65_HS1-834228961_62-HQ-83894_Section_10
Agency: FBI
Page 92
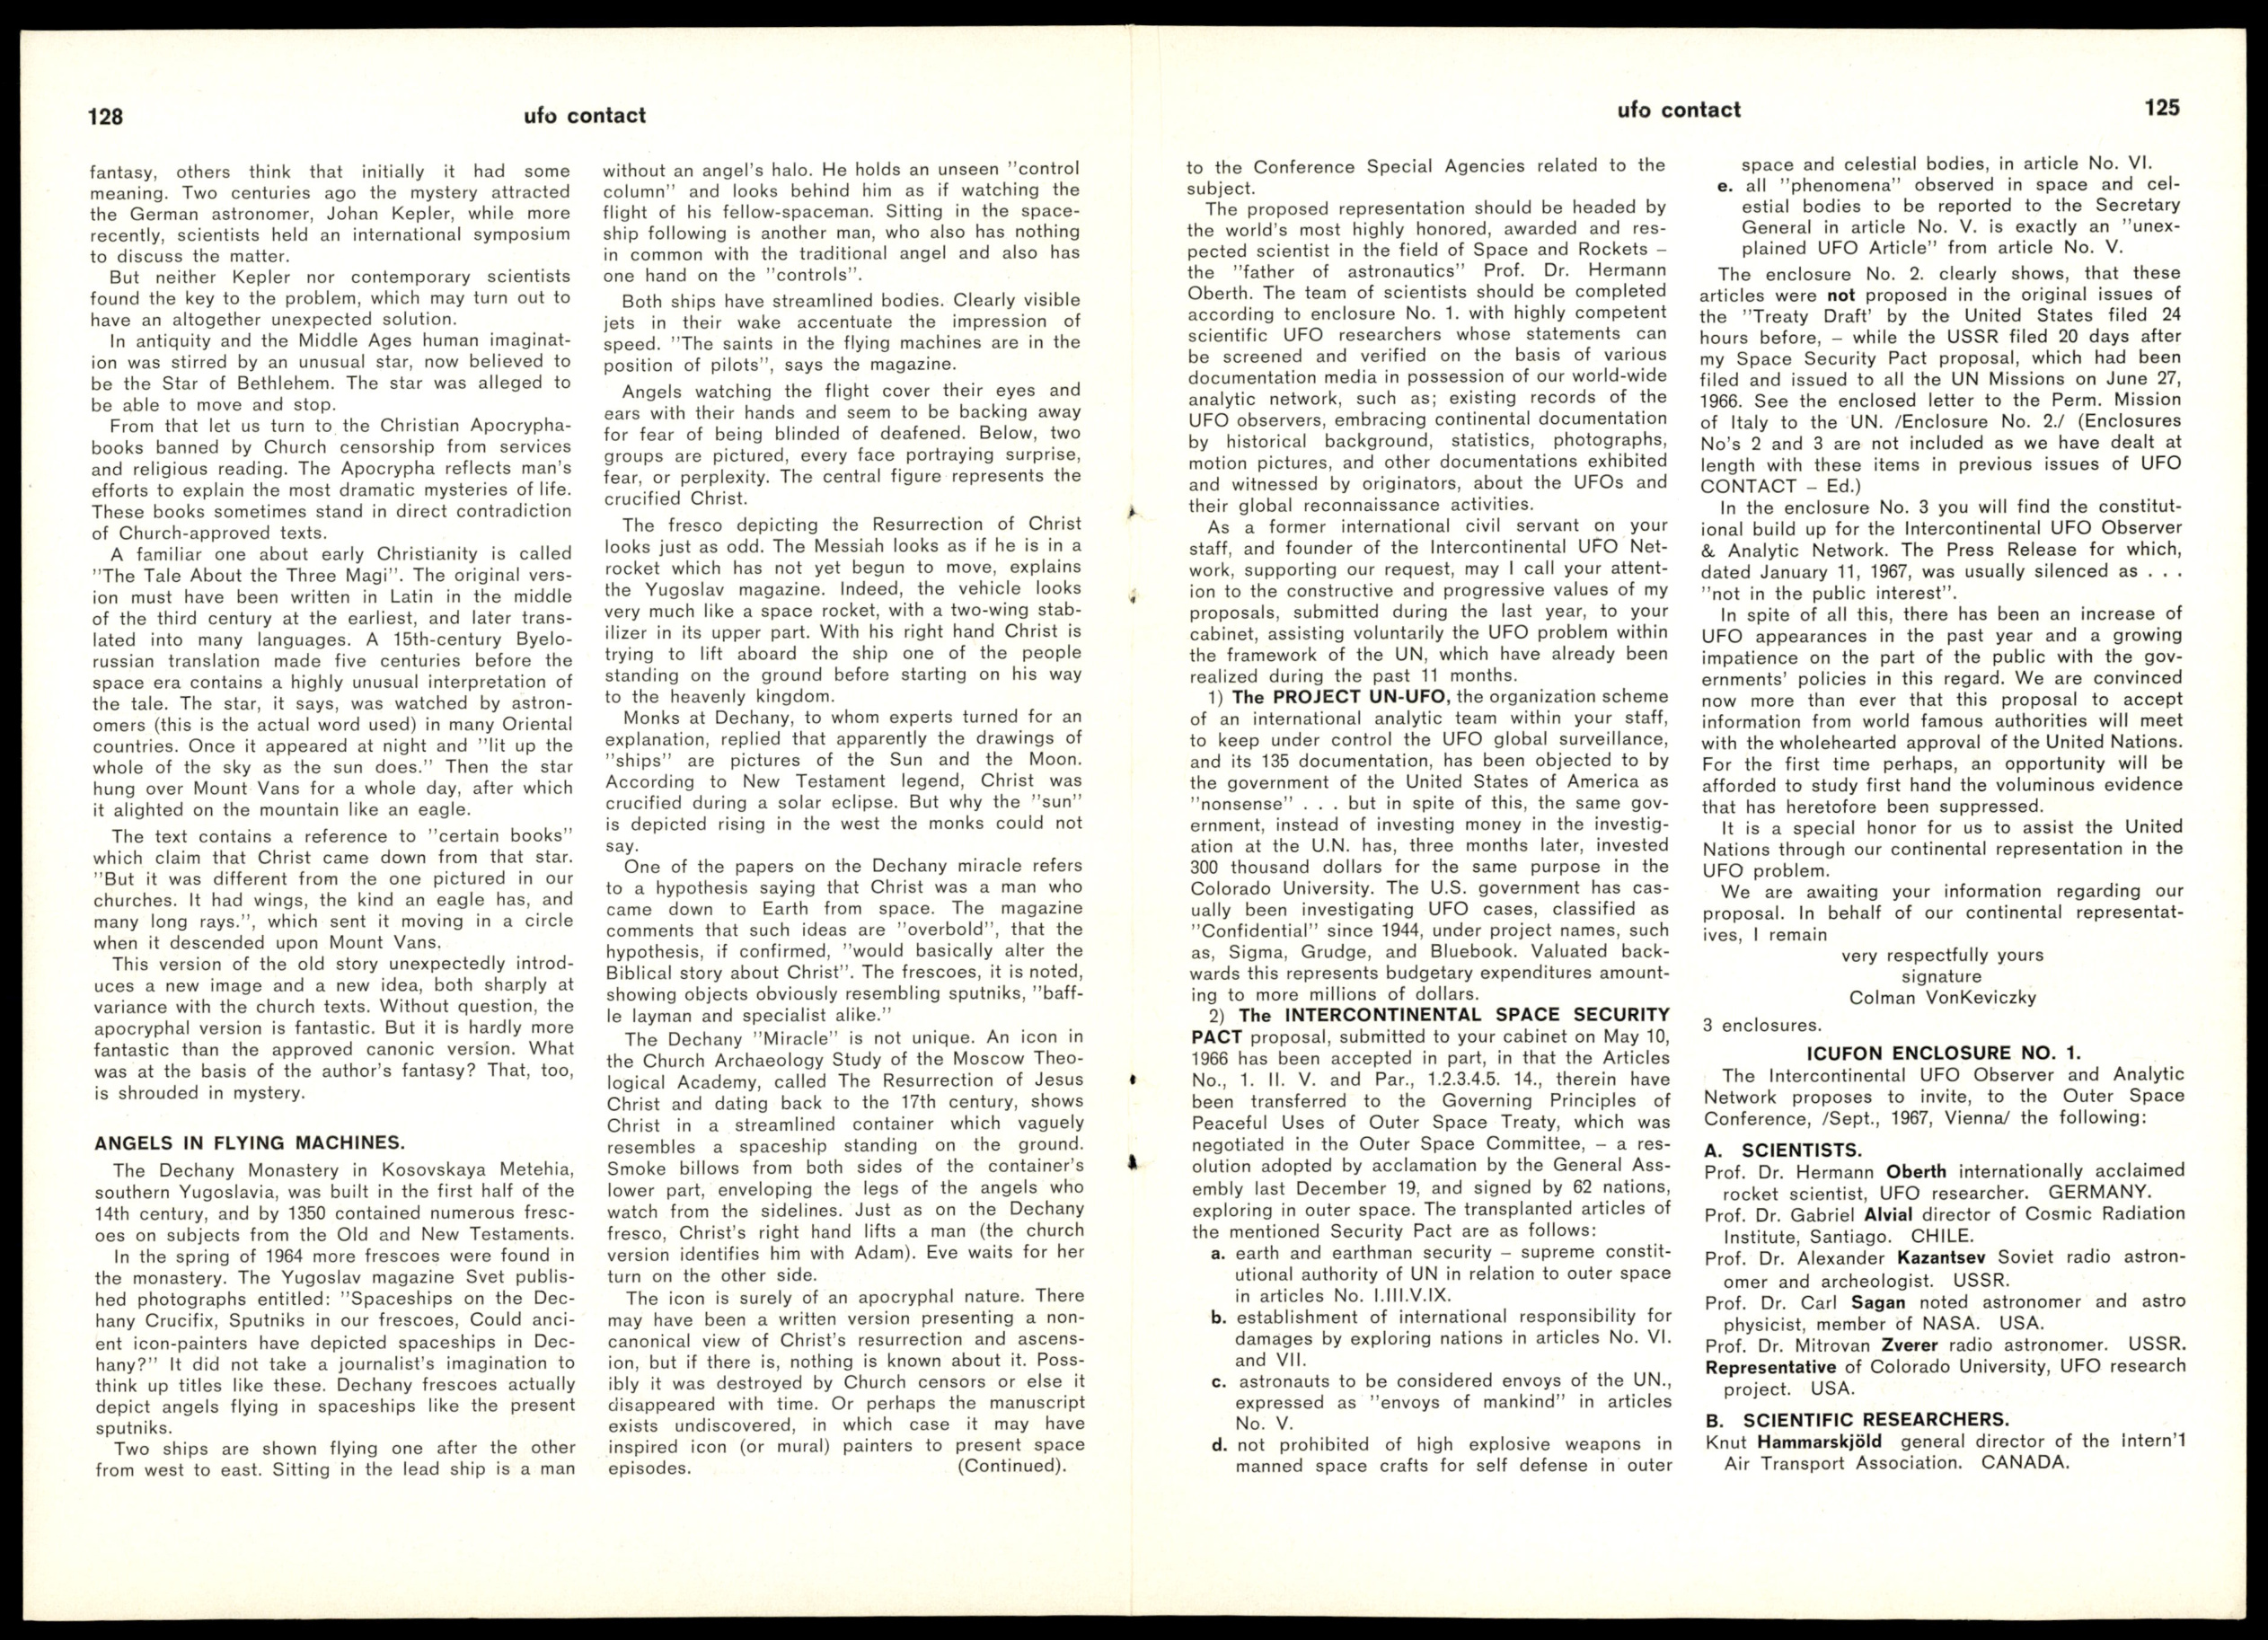